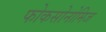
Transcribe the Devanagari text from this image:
फोकसोनोमिज